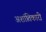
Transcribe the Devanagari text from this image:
अशांतिकारी